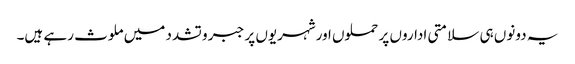
یہ دونوں ہی سلامتی اداروں پر حملوں اورشہریوں پر جبر و تشدد میں ملوث رہے ہیں۔